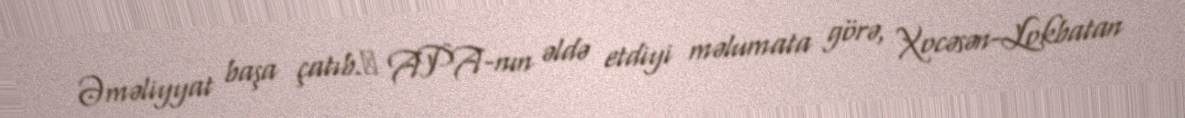
Əməliyyat başa çatıb.​ APA-nın əldə etdiyi məlumata görə, Xocəsən-Lokbatan